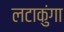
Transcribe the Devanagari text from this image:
लटाकुंगा